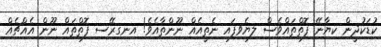
ކުޑަކުދީން ކިޔާނޭ ފޮތްތައްވެސް ލިޔެވިފައި ނެތީއެއް ނޫންތާއެވެ! އިނގިރޭސި ފޮތްތައް ނޫން އެއްޗެއް